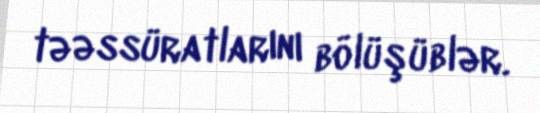
təəssüratlarını bölüşüblər.